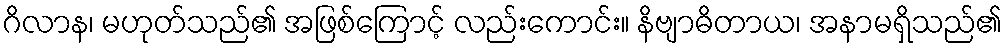
ဂိလာန၊ မဟုတ်သည်၏ အဖြစ်ကြောင့် လည်းကောင်း။ နိဗျာဓိတာယ၊ အနာမရှိသည်၏